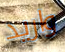
واريد